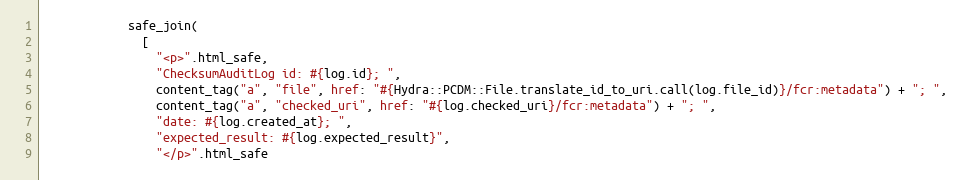
Language: Ruby
            safe_join(
              [
                "<p>".html_safe,
                "ChecksumAuditLog id: #{log.id}; ",
                content_tag("a", "file", href: "#{Hydra::PCDM::File.translate_id_to_uri.call(log.file_id)}/fcr:metadata") + "; ",
                content_tag("a", "checked_uri", href: "#{log.checked_uri}/fcr:metadata") + "; ",
                "date: #{log.created_at}; ",
                "expected_result: #{log.expected_result}",
                "</p>".html_safe